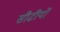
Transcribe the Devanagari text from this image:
सीढीयों